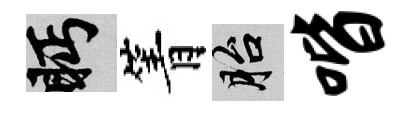
眄箐胎喈